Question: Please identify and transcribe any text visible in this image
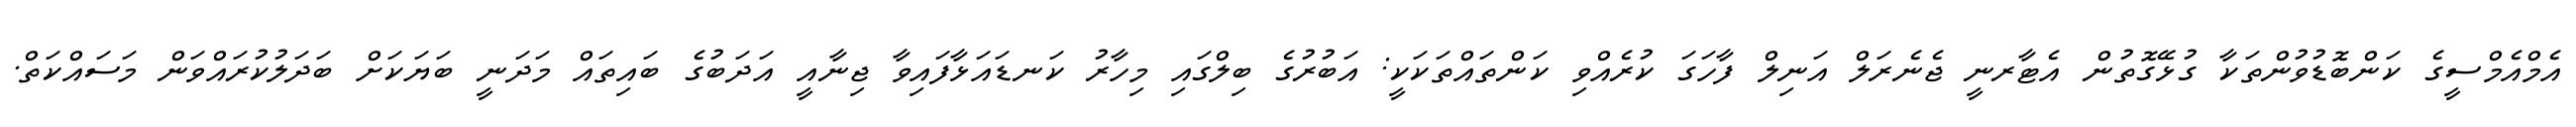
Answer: އެމްއެމްސީގެ ކަންބޮޑުވުންތަކާ ގުޅޭގޮތުން އެޓާރނީ ޖެނެރަލް އަނިލް ފާހަގަ ކުރެއްވި ކަންތައްތަކަކީ: އަބުރުގެ ބިލްގައި މިހާރު ކަނޑައަޅާފައިވާ ޖިނާއީ އަދަބުގެ ބައިތައް މަދަނީ ބަޔަކަށް ބަދަލުކުރައްވަން މަސައްކަތް.